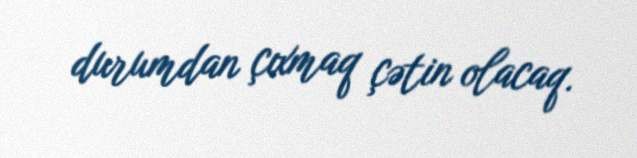
durumdan çıxmaq çətin olacaq.